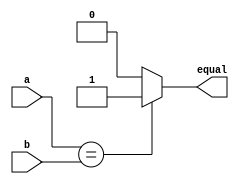
module compare(
    a
   ,b
   ,equal
);

input   a, b;
output  equal;

localparam  EQUAL = 1'b1;
localparam  NOT_EQUAL = 1'b0;

assign  equal = (a == b) ? EQUAL : NOT_EQUAL;

endmodule